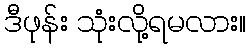
ဒီဖုန်း သုံးလို့ရမလား။